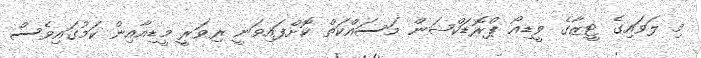
މި ލަވައިގެ ޓީޒާގެ ވީޑިއޯ ޕްރޮޑަކްޝަން މަސައްކަތް ކޮށްފައިވަނީ ރިވަރީ މީޑިއާއިން ކަމުގައިވެސް